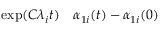
\begin{array} { r l } { \exp ( C \lambda _ { i } t ) } & { { } \alpha _ { 1 i } ( t ) - \alpha _ { 1 i } ( 0 ) } \end{array}